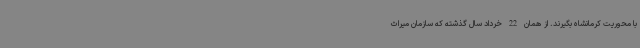
با محوریت کرمانشاه بگیرند. از همان 22 خرداد سال گذشته که سازمان میراث